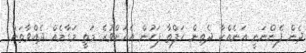
ދެން ފެންނަނީ އަނެއްކާ ދެތިން ހަފްތާ ފަހުން އެއަށްވުރެ މަތީ މަގާމެއް ދެއްވާތަން.